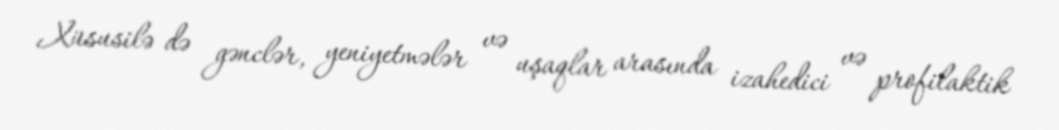
Xüsusilə də gənclər, yeniyetmələr və uşaqlar arasında izahedici və profilaktik